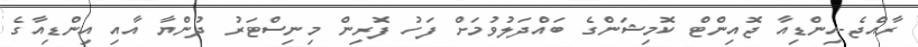
ރާއްޖެ-އިންޑިއާ ޖޮއިންޓް ކޮމިޝަންގެ ބައްދަލުވުމަށް ފަހު ފޮރިން މިނިސްޓަރު ދުންޔާ އާއި އިންޑިއާގެ